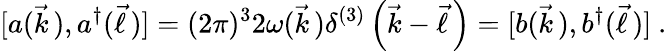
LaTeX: [a(\vec{k}\, ),a^{\dagger}(\vec{\ell}\, )]=(2\pi)^{3}2\omega(\vec{k}\, )\delta^{(3)}\left(\vec{k}-\vec{\ell}\, \right)=[b(\vec{k}\, ),b^{\dagger}(\vec{\ell}\, )]\ .